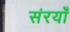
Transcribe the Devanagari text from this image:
संरयाँ